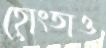
হোংতাও